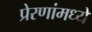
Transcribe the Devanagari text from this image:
प्रेरणांमध्ये